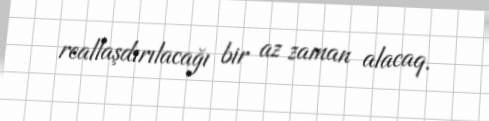
reallaşdırılacağı bir az zaman alacaq.